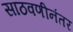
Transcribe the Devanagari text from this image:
साठवणीनंतर